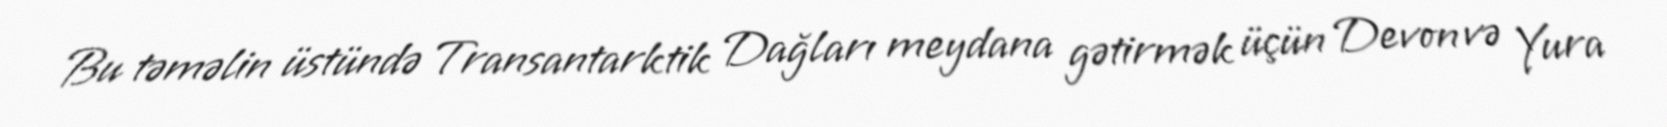
Bu təməlin üstündə Transantarktik Dağları meydana gətirmək üçün Devon və Yura